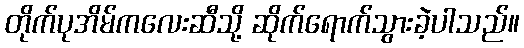
တိုက်ပုအိမ်ကလေးဆီသို့ ဆိုက်ရောက်သွားခဲ့ပါသည်။